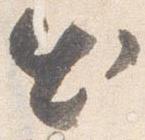
出